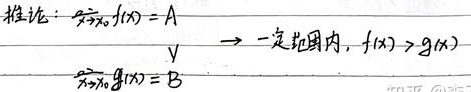
推论：若
$\begin{array}{l}\lim\limits_{x \to x_{0}} f(x)=A \\ \vee \\ \lim\limits_{x \to x_{0}} g(x)=B\end{array}$
则在一定范围内，$f(x)>g(x)$